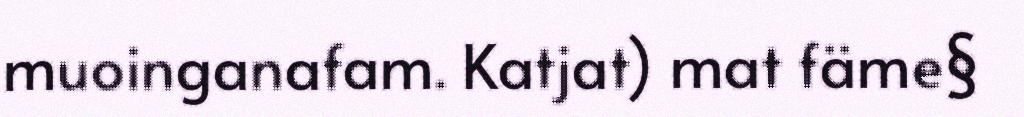
muoinganafam. Katjat) mat fäme§